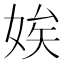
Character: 娭